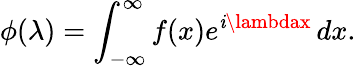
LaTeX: \phi(\lambda)=\int_{-\infty}^{\infty}f(x)e^{\mathit{i}\lambdax}\, dx.